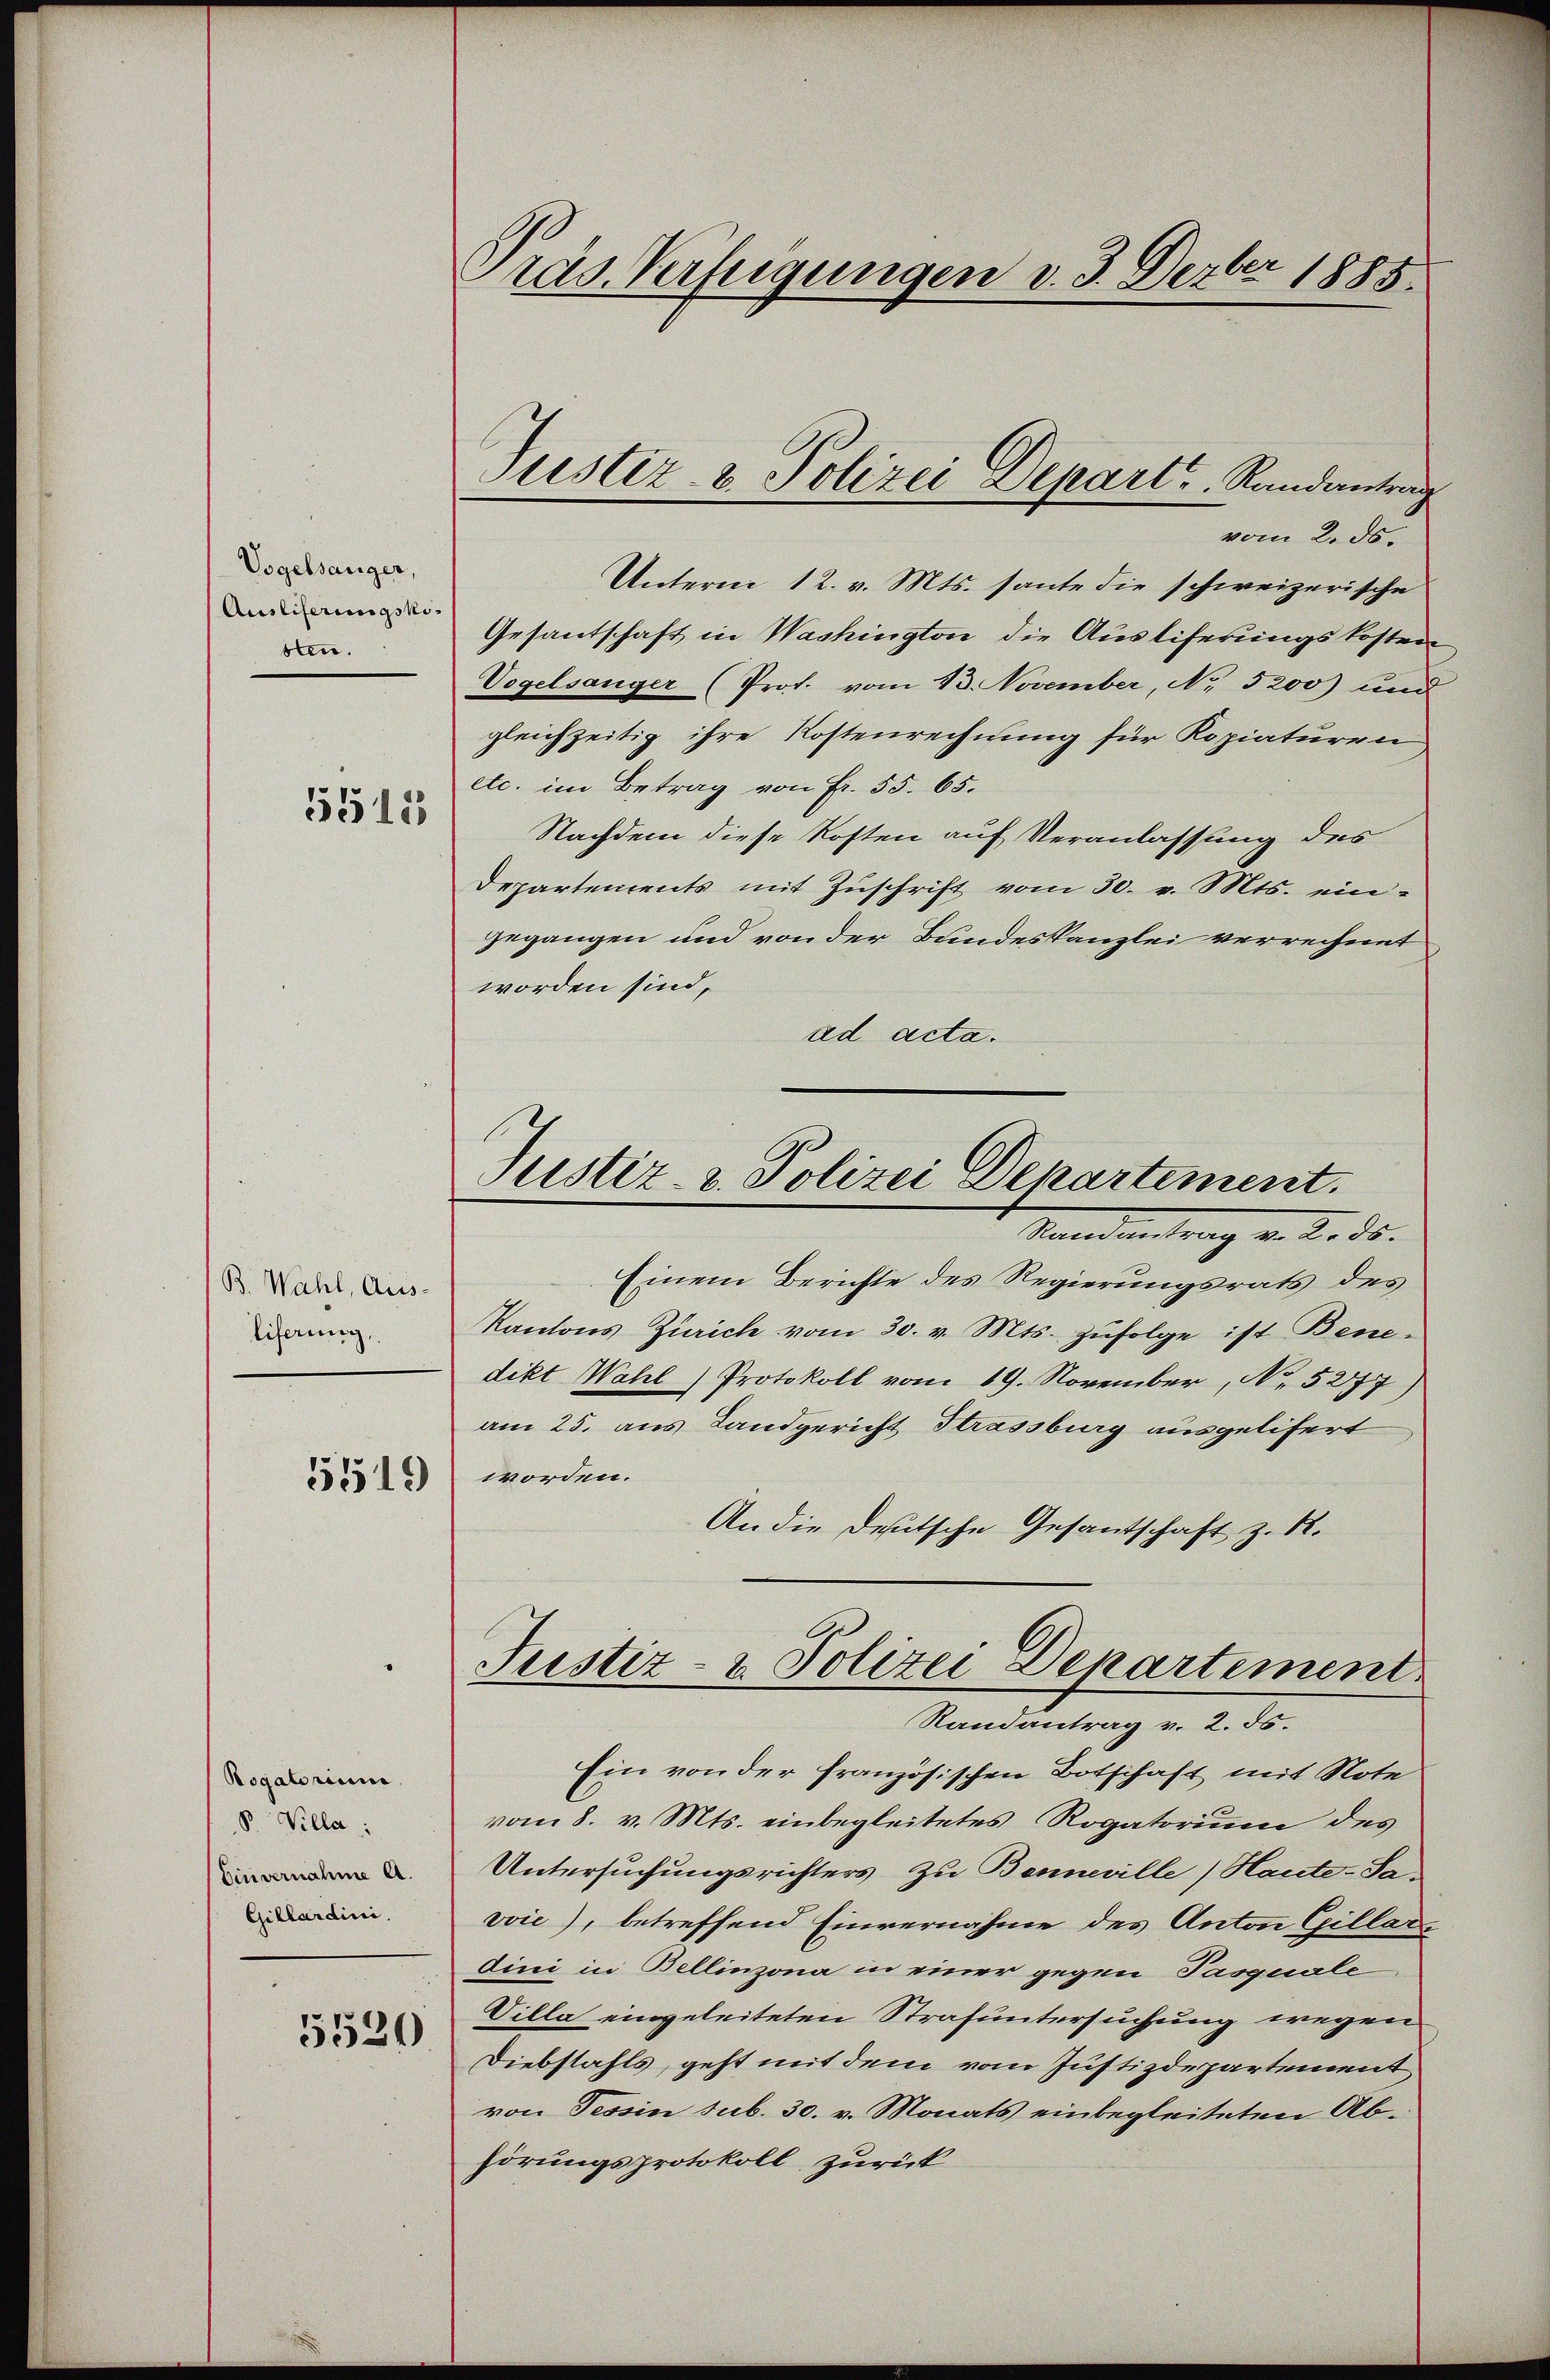
Vogelsanger,
Ausliferungskosten.

5511

B. Wahl, Aus-
liferung,

5519

Rogatorium.
V Villa:
Einvernahme A.
Gillardini.

5520

Präs. Verfügungen v. 3. Dezber 1885.

Justiz- & Polizei Departe. Randantrag

Justiz- & Polizei Departement.

vom 2. ds.
Unterm 12. v. Mts. sante die schweizerische
Gesantschaft in Washington, die Ausliferungskosten
Vogelsanger (Prot. vom 13. November, No. 5200) und
gleichzeitig ihre Kostenrechnung für Kopiaturen
etc. im Betrag von Fr. 55. 65.
Nachdem diese Kosten auf Veranlassung des
Departements mit Zŭschrift vom 30. v. Mts. ein-
gegangen und von der Bundeskanzlei verrechnet
worden sind,
ad acta.
Vandantrag v. 2. ds.
Einem Berichte des Regierungsrats des
Kantons Zürich vom 30. v. Mts. zufolge ist Bene-
dikt Wahl Protokoll vom 19. November, No. 5277)
am 25. aus Landgericht Strassburg ausgelifert
worden.
An die Deutsche Gesantschaft z. B.
C
Justiz- & Polizei Departement.
Randantrag v. 2. 55.
Ein von der französischen Botschaft mit Note
vom 8. v. Mts. einbegleitetes Rogatorium des
Untersuchungsrichters zu Bennwille (Haute-Savić), betreffend Einvernahme des Anton Gillar
dini in Bellinzona in einer gegen Pasquale
Villa eingeleiteten Strafuntersuchung wegen
Diebstahls, geht mit dem vom Justizdepartement
von Tessin sub. 30. v. Monats einbegleiteten Abhörungsprotokoll zurück